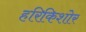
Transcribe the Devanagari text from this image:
हरिकिशोर